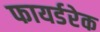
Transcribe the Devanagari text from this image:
फायर्डरेक